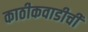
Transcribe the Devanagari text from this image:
काठीकवाडीची